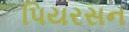
પિયરસન